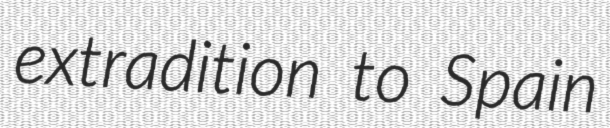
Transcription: extradition to Spain